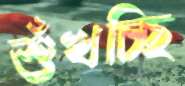
শুঁখচ্ছি